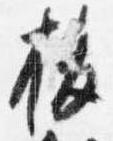
抜